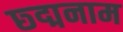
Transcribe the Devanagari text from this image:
छ्द्मनाम